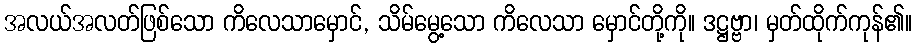
အလယ်အလတ်ဖြစ်သော ကိလေသာမှောင်, သိမ်မွေ့သော ကိလေသာ မှောင်တို့ကို။ ဒဋ္ဌဗ္ဗာ၊ မှတ်ထိုက်ကုန်၏။